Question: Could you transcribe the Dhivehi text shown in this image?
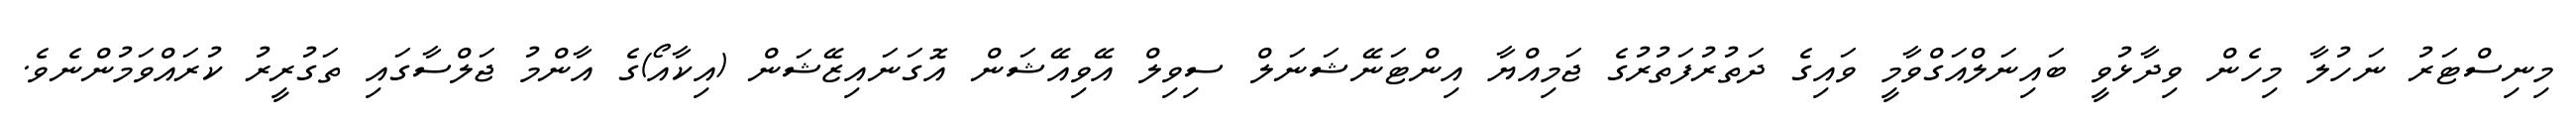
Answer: މިނިސްޓަރު ނަހުލާ މިހެން ވިދާޅުވީ ބައިނަލްއަގްވާމީ ވައިގެ ދަތުރުފަތުރުގެ ޖަމިއްޔާ އިންޓަނޭޝަނަލް ސިވިލް އޭވިއޭޝަން އޮގަނައިޒޭޝަން (އިކާއޯ)ގެ އާންމު ޖަލްސާގައި ތަގުރީރު ކުރައްވަމުންނެވެ.